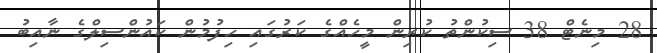
28 މިނެޓް 38 ސިކުންތު ކުރިން މީހެއްގެ ކަރުގައި ހިފުމުން ކައުންސިލްގެ ނާއިބު